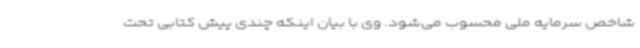
شاخص سرمایه ملی محسوب می‌شود. وی با بیان اینکه چندی پیش کتابی تحت